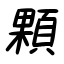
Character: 顆